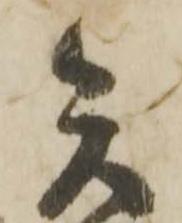
矢